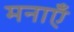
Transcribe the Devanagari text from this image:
मनाएँ